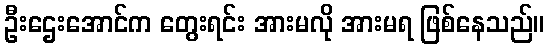
ဦးဌေးအောင်က တွေးရင်း အားမလို အားမရ ဖြစ်နေသည်။